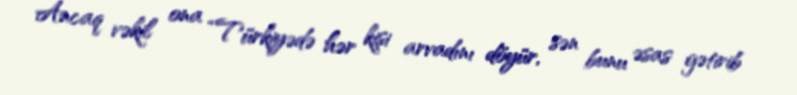
Ancaq vəkil ona “Türkiyədə hər kişi arvadını döyür, sən bunu əsas gətirib